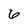
Character: 6